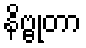
နိဗ္ဗုတာ